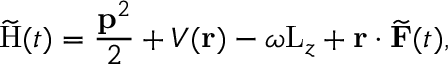
\widetilde \mathrm { H } ( t ) = \frac { \mathbf { p } ^ { 2 } } { 2 } + V ( \mathbf { r } ) - \omega \mathrm { L } _ { z } + \mathbf { r } \cdot \widetilde { \mathbf { F } } ( t ) ,